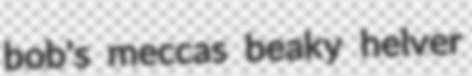
bob's meccas beaky helver